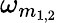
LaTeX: \omega_{m_{1,2}}